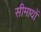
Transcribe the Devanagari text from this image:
सीमायों